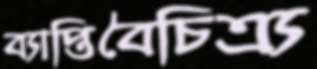
ব্যাপ্তিবৈচিত্র্য